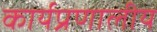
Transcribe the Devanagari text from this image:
कार्यप्रणालीय